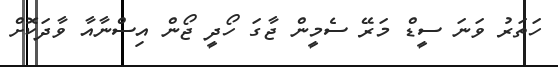
ހަތަރު ވަނަ ސީޑް މަރޭ ސެމީން ޖާގަ ހޯދީ ޖޯން އިސްނާއާ ވާދަކޮށް